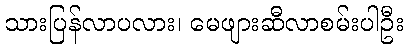
သားပြန်လာပလား၊ မေဖျားဆီလာစမ်းပါဦး